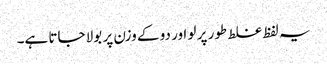
یہ لفظ غلط طور پر لو اور دو کے وزن پر بولا جاتا ہے۔